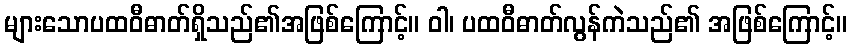
များသောပထဝီဓာတ်ရှိသည်၏အဖြစ်ကြောင့်။ ဝါ၊ ပထဝီဓာတ်လွန်ကဲသည်၏ အဖြစ်ကြောင့်။